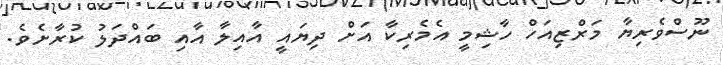
ނޫސްވެރިޔާ މަރްޒިއަހް ހާޝިމީ އެމެރިކާ އަށް ދިޔައީ އާއިލާ އާއި ބައްދަލު ކުރާށެވެ.